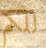
للكم